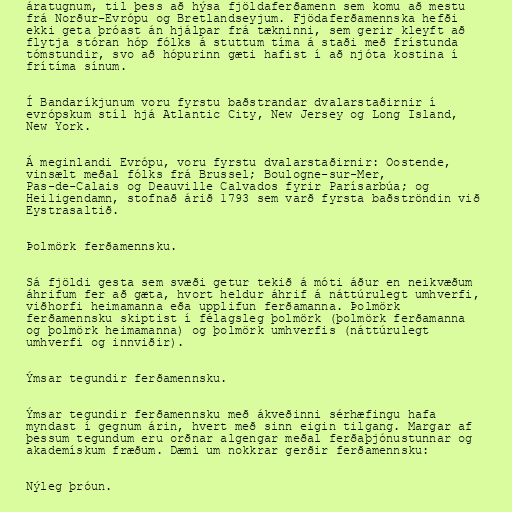
áratugnum, til þess að hýsa fjöldaferðamenn sem komu að mestu
frá Norður-Evrópu og Bretlandseyjum. Fjödaferðamennska hefði
ekki geta þróast án hjálpar frá tækninni, sem gerir kleyft að
flytja stóran hóp fólks á stuttum tíma á staði með frístunda
tómstundir, svo að hópurinn gæti hafist í að njóta kostina í
frítíma sínum.

Í Bandaríkjunum voru fyrstu baðstrandar dvalarstaðirnir í
evrópskum stíl hjá Atlantic City, New Jersey og Long Island,
New York.

Á meginlandi Evrópu, voru fyrstu dvalarstaðirnir: Oostende,
vinsælt meðal fólks frá Brussel; Boulogne-sur-Mer,
Pas-de-Calais og Deauville Calvados fyrir Parísarbúa; og
Heiligendamn, stofnað árið 1793 sem varð fyrsta baðströndin við
Eystrasaltið.

Þolmörk ferðamennsku.

Sá fjöldi gesta sem svæði getur tekið á móti áður en neikvæðum
áhrifum fer að gæta, hvort heldur áhrif á náttúrulegt umhverfi,
viðhorfi heimamanna eða upplifun ferðamanna. Þolmörk
ferðamennsku skiptist í félagsleg þolmörk (þolmörk ferðamanna
og þolmörk heimamanna) og þolmörk umhverfis (náttúrulegt
umhverfi og innviðir).

Ýmsar tegundir ferðamennsku.

Ýmsar tegundir ferðamennsku með ákveðinni sérhæfingu hafa
myndast í gegnum árin, hvert með sinn eigin tilgang. Margar af
þessum tegundum eru orðnar algengar meðal ferðaþjónustunnar og
akademískum fræðum. Dæmi um nokkrar gerðir ferðamennsku:

Nýleg þróun.